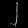
Digit: ၂